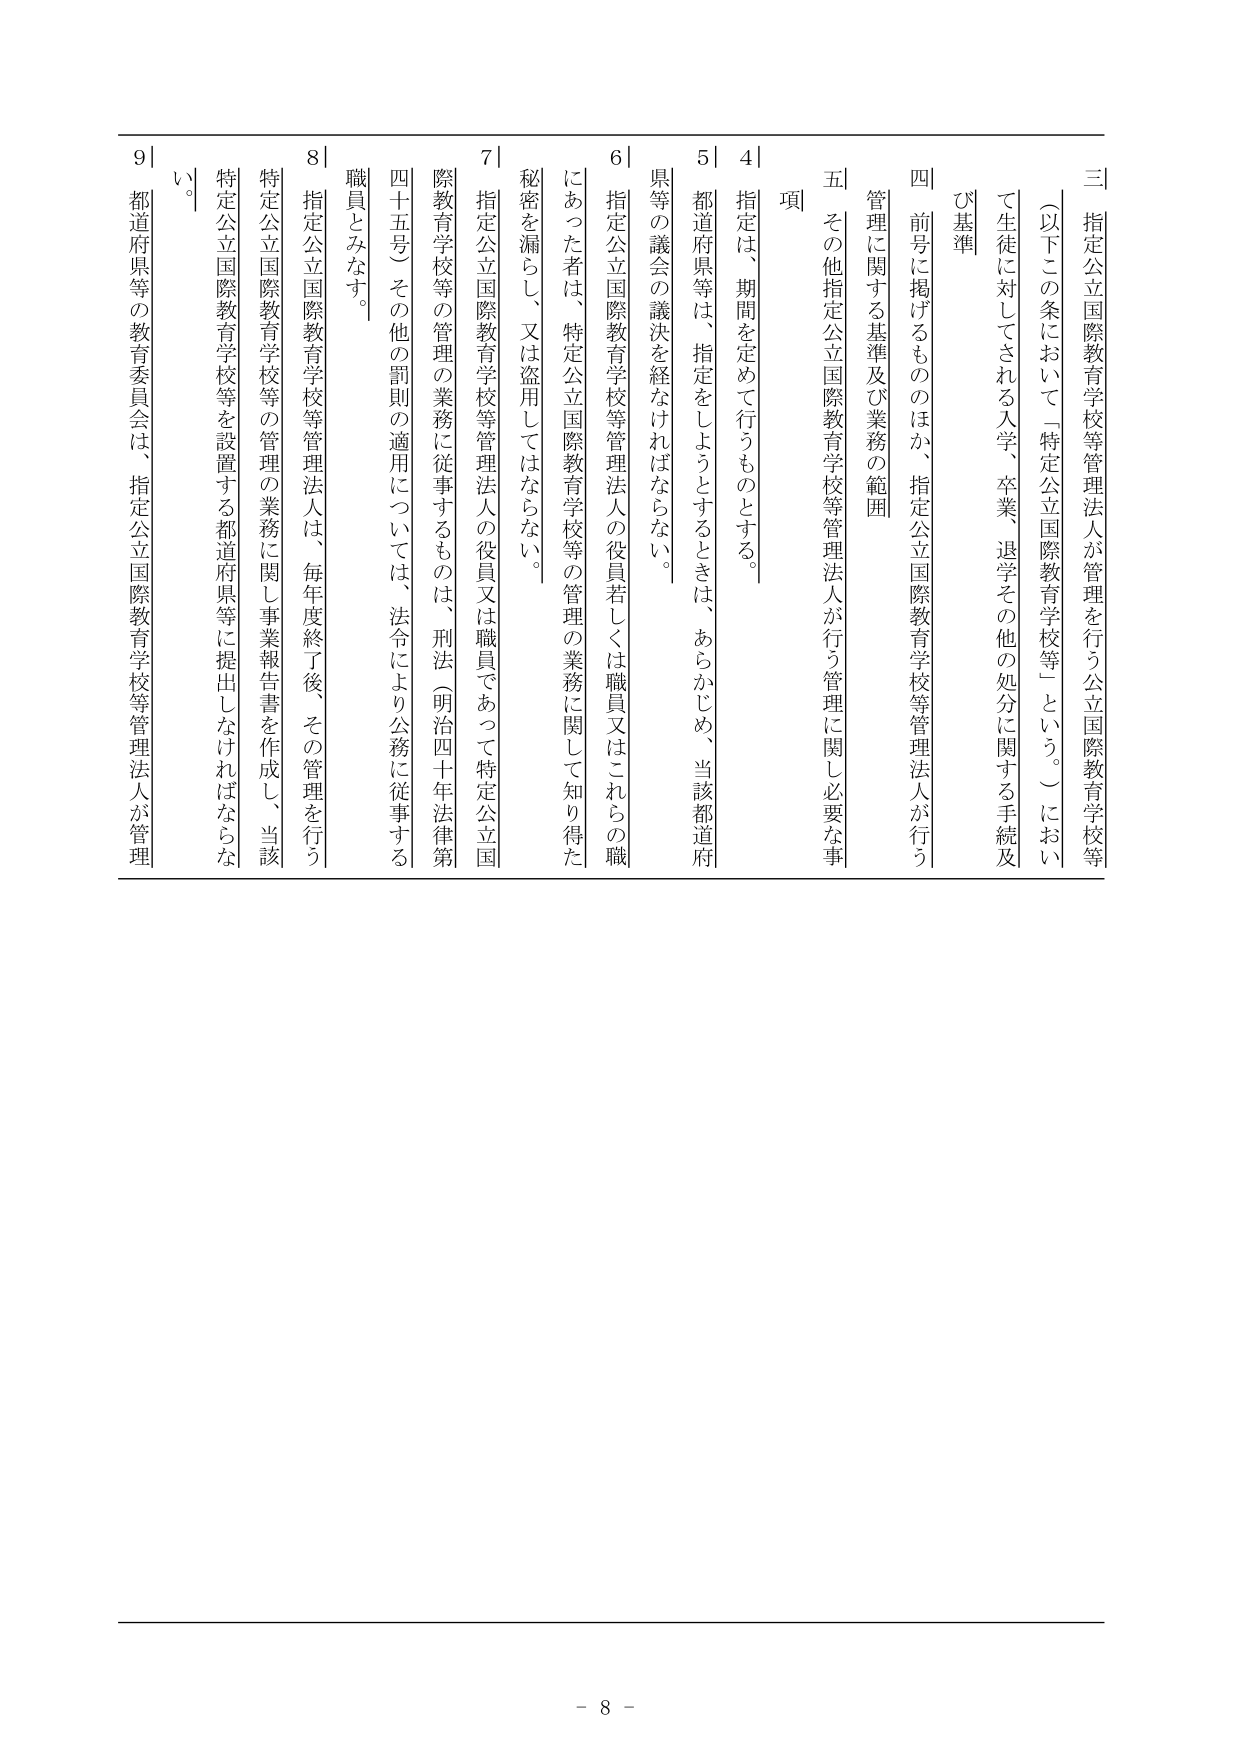
三 指定公立国際教育学校等管理法人が管理を行う公立国際教育学校等（以下この条において「指定公立国際教育学校等」という。）において生徒に対してされる入学、卒業、退学その他の処分に関する手続及び基準

四 前号に掲げるもののほか、指定公立国際教育学校等管理法人が行う管理に関する基準及び業務の範囲

五 その他指定公立国際教育学校等管理法人が行う管理に関し必要な事項

4 指定は、期間を定めて行うものとする。

5 都道府県等は、指定をしようとするときは、あらかじめ、当該都道府県等の議会の議決を経なければならない。

6 指定公立国際教育学校等管理法人の役員若しくは職員又はこれらの職にあった者は、特定公立国際教育学校等の管理の業務に関して知り得た秘密を漏らし、又は盗用してはならない。

7 指定公立国際教育学校等管理法人の役員又は職員であって特定公立国際教育学校等の管理の業務に従事するものは、刑法（明治四十年法律第四十五号）その他の罰則の適用については、法令により公務に従事する職員とみなす。

8 指定公立国際教育学校等管理法人は、毎年度終了後、その管理を行う特定公立国際教育学校等の管理の業務に関し事業報告書を作成し、当該特定公立国際教育学校等を設置する都道府県等に提出しなければならない。

9 都道府県等の教育委員会は、指定公立国際教育学校等管理法人が管理

- 8 -